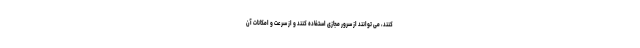
کنند، می توانند از سرور مجازی استفاده کنند و از سرعت و امکانات آن